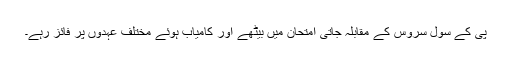
پی کے سول سروس کے مقابلہ جاتی امتحان میں بیٹھے اور کامیاب ہوئے مختلف عہدوں پر فائز رہے۔